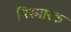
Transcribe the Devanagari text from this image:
बिस्मारक